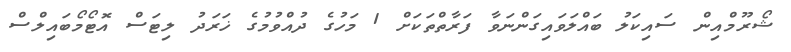
ޝޯރޫމްއިން ސައިކަލު ބައްލަވައިގަންނަވާ ފަރާތްތަކަށް 1 މަހުގެ ދުއްވުމުގެ ޚަރަދު ލިޓަސް އޮޓޯމޯބައިލްސް